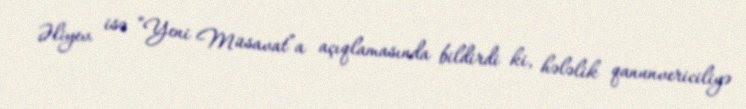
Əliyev isə “Yeni Müsavat”a açıqlamasında bildirdi ki, hələlik qanunvericiliyə